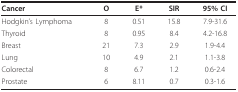
<table><thead><tr><td><b>Cancer</b></td><td><b>O</b></td><td><b>E*</b></td><td><b>SIR</b></td><td><b>95% CI</b></td></tr></thead><tbody><tr><td>Hodgkin&#x27;s Lymphoma</td><td>8</td><td>0.51</td><td>15.8</td><td>7.9-31.6</td></tr><tr><td>Thyroid</td><td>8</td><td>0.95</td><td>8.4</td><td>4.2-16.8</td></tr><tr><td>Breast</td><td>21</td><td>7.3</td><td>2.9</td><td>1.9-4.4</td></tr><tr><td>Lung</td><td>10</td><td>4.9</td><td>2.1</td><td>1.1-3.8</td></tr><tr><td>Colorectal</td><td>8</td><td>6.7</td><td>1.2</td><td>0.6-2.4</td></tr><tr><td>Prostate</td><td>6</td><td>8.11</td><td>0.7</td><td>0.3-1.6</td></tr></tbody></table>